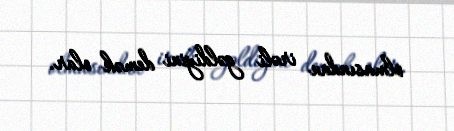
olmasından irəli gəldiyini demək olar.